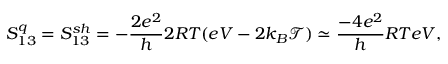
{ S _ { 1 3 } ^ { q } = S _ { 1 3 } ^ { s h } = - \frac { 2 e ^ { 2 } } { h } 2 R T ( e V - 2 k _ { B } \mathcal { T } ) \simeq \frac { - 4 e ^ { 2 } } { h } R T e V , }